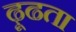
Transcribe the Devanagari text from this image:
ढ़ूढता